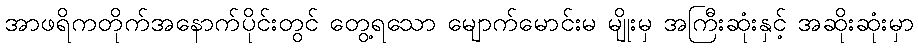
အာဖရိကတိုက်အနောက်ပိုင်းတွင် တွေ့ရသော မျောက်မောင်းမ မျိုးမှ အကြီးဆုံးနှင့် အဆိုးဆုံးမှာ